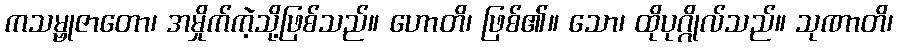
ကသမ္ဗုဇာတော၊ အမှိုက်ကဲ့သို့ဖြစ်သည်။ ဟောတိ၊ ဖြစ်၏။ သော၊ ထိုပုဂ္ဂိုလ်သည်။ သုဏာတိ၊